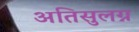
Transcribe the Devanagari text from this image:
अतिसुलग्न